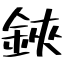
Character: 鋏